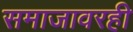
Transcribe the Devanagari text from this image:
समाजावरही